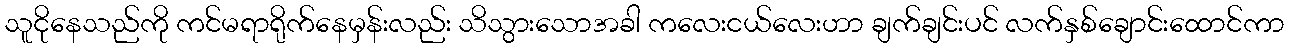
သူငိုနေသည်ကို ကင်မရာရိုက်နေမှန်းလည်း သိသွားသောအခါ ကလေးငယ်လေးဟာ ချက်ချင်းပင် လက်နှစ်ချောင်းထောင်ကာ